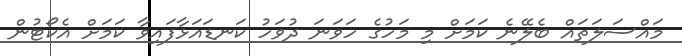
މައްސަލަތައް ބެލޭނެ ކަމަށް މި މަހުގެ ހަވަނަ ދުވަހު ކަނޑައަޅާފައިވާ ކަމަށް އެކޯޓުން